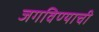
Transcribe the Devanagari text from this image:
जगविण्याची